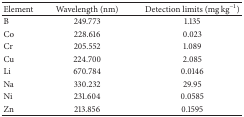
| Element | Wavelength (nm) | Detection limits (mg kg−1) |
 | --- | --- | --- |
 | B | 249.773 | 1.135 |
 | Co | 228.616 | 0.023 |
 | Cr | 205.552 | 1.089 |
 | Cu | 224.700 | 2.085 |
 | Li | 670.784 | 0.0146 |
 | Na | 330.232 | 29.95 |
 | Ni | 231.604 | 0.0585 |
 | Zn | 213.856 | 0.1595 |